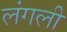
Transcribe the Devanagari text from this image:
लंगली